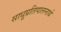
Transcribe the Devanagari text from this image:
साधूप्रतिपालनार्थ